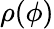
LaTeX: \rho(\phi)